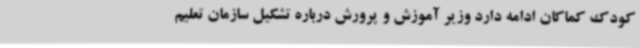
کودک کماکان ادامه دارد وزیر آموزش و پرورش درباره تشکیل سازمان تعلیم